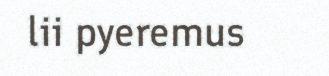
lii pyeremus